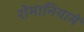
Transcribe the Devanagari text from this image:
रोमानियामें